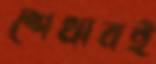
শেখাবই